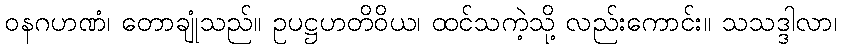
ဝနဂဟဏံ၊ တောချုံသည်။ ဥပဋ္ဌဟတိဝိယ၊ ထင်သကဲ့သို့ လည်းကောင်း။ သသဒ္ဒါလာ၊